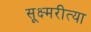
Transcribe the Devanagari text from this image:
सूक्ष्मरीत्या